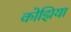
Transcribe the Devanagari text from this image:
कोझिया